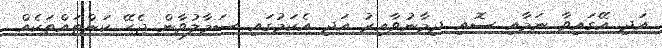
އަދި އޭގައިވާ ނަމާއި ސޮއި ދިމާނުވާއިރު އަދި އެކަމުގައި ސަމާލުވާން ޖެހޭ ކަންތައްތަކެއް